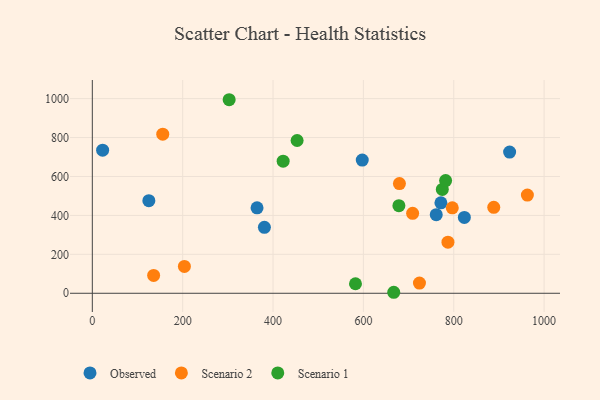
{"axis": {"x": "Speed", "y": "Demand"}, "legend": ["Observed", "Scenario 1", "Scenario 2"], "data": [{"x": "761.3", "y": 403.7, "type": "Observed"}, {"x": "823.5", "y": 389.5, "type": "Observed"}, {"x": "597.5", "y": 684.5, "type": "Observed"}, {"x": "380.9", "y": 338.8, "type": "Observed"}, {"x": "125.1", "y": 475.6, "type": "Observed"}, {"x": "22.8", "y": 735.1, "type": "Observed"}, {"x": "364.6", "y": 439.2, "type": "Observed"}, {"x": "771.6", "y": 464.4, "type": "Observed"}, {"x": "923.7", "y": 725.4, "type": "Observed"}, {"x": "155.9", "y": 817.1, "type": "Scenario 2"}, {"x": "135.7", "y": 91.6, "type": "Scenario 2"}, {"x": "724.1", "y": 52.6, "type": "Scenario 2"}, {"x": "796.8", "y": 438.9, "type": "Scenario 2"}, {"x": "709.0", "y": 410.6, "type": "Scenario 2"}, {"x": "203.8", "y": 137.7, "type": "Scenario 2"}, {"x": "963.0", "y": 504.7, "type": "Scenario 2"}, {"x": "787.2", "y": 262.3, "type": "Scenario 2"}, {"x": "888.6", "y": 441.4, "type": "Scenario 2"}, {"x": "679.8", "y": 563.5, "type": "Scenario 2"}, {"x": "302.9", "y": 994.3, "type": "Scenario 1"}, {"x": "774.7", "y": 533.5, "type": "Scenario 1"}, {"x": "667.2", "y": 5.1, "type": "Scenario 1"}, {"x": "678.6", "y": 450.2, "type": "Scenario 1"}, {"x": "422.4", "y": 678.8, "type": "Scenario 1"}, {"x": "782.0", "y": 578.8, "type": "Scenario 1"}, {"x": "582.5", "y": 48.8, "type": "Scenario 1"}, {"x": "453.3", "y": 784.8, "type": "Scenario 1"}]}